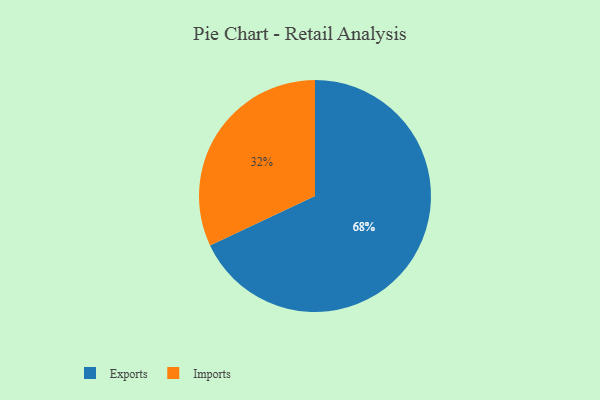
{"axis": {"x": "Category", "y": "Percentage"}, "legend": ["Exports", "Imports"], "data": [{"x": "Exports", "y": 68, "type": "Exports"}, {"x": "Imports", "y": 32, "type": "Imports"}]}